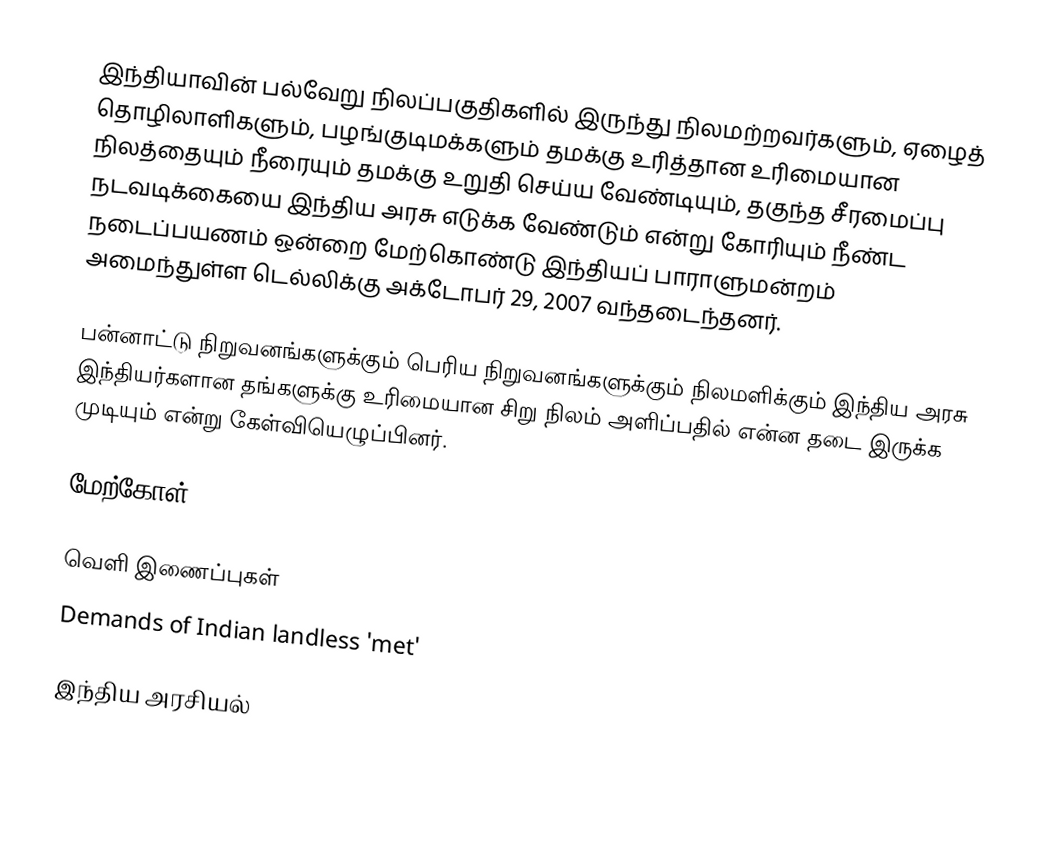
இந்தியாவின் பல்வேறு நிலப்பகுதிகளில் இருந்து நிலமற்றவர்களும், ஏழைத் தொழிலாளிகளும், பழங்குடிமக்களும் தமக்கு உரித்தான உரிமையான நிலத்தையும் நீரையும் தமக்கு உறுதி செய்ய வேண்டியும், தகுந்த சீரமைப்பு நடவடிக்கையை இந்திய அரசு எடுக்க வேண்டும் என்று கோரியும் நீண்ட நடைப்பயணம் ஒன்றை மேற்கொண்டு இந்தியப் பாராளுமன்றம் அமைந்துள்ள டெல்லிக்கு அக்டோபர் 29, 2007 வந்தடைந்தனர்.

பன்னாட்டு நிறுவனங்களுக்கும் பெரிய நிறுவனங்களுக்கும் நிலமளிக்கும் இந்திய அரசு  இந்தியர்களான தங்களுக்கு உரிமையான சிறு நிலம் அளிப்பதில் என்ன தடை இருக்க முடியும் என்று கேள்வியெழுப்பினர்.

மேற்கோள்

வெளி இணைப்புகள்
 Demands of Indian landless 'met'

இந்திய அரசியல்